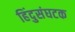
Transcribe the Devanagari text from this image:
हिंदुसंघटक